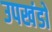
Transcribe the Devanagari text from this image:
उपखंडो